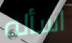
اسأله